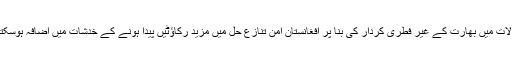
ان حالات میں بھارت کے غیر فطری کردار کی بنا پر افغانستان امن تنازع حل میں مزید رکاؤٹیں پیدا ہونے کے خدشات میں اضافہ ہوسکتا ہے۔